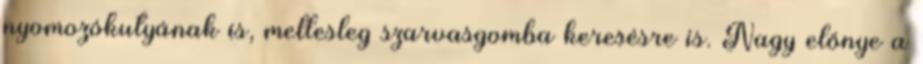
nyomozókutyának is, mellesleg szarvasgomba keresésre is. Nagy előnye a